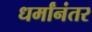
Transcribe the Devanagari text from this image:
धर्मांनंतर